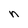
Character: n